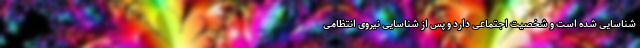
شناسایی شده است و شخصیت اجتماعی دارد و پس از شناسایی نیروی انتظامی